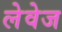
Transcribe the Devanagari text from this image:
लेवेज